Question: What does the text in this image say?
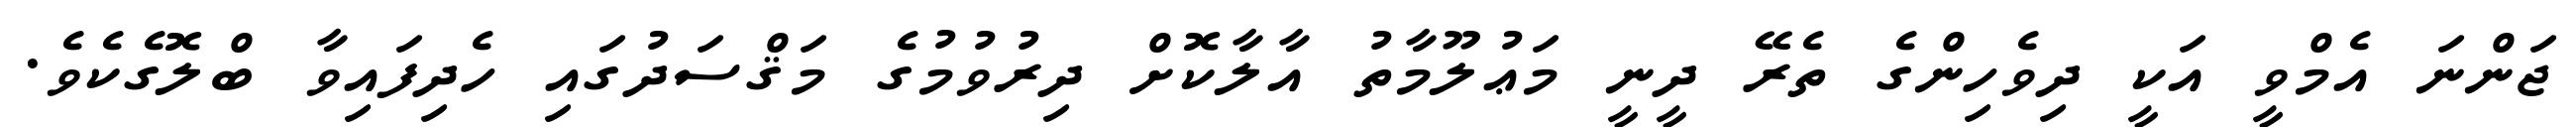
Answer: ޖަންނަ އެމްވީ އަކީ ދިވެހިންގެ ތެރޭ ދީނީ މަޢުލޫމާތު އާލާކޮށް ދިރުވުމުގެ މަޤްސަދުގައި ހެދިފައިވާ ބްލޮގެކެވެ.